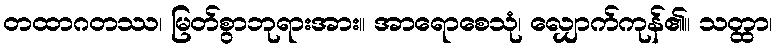
တထာဂတဿ၊ မြတ်စွာဘုရားအား။ အာရောစေသုံ၊ လျှောက်ကုန်၏။ သတ္ထာ၊